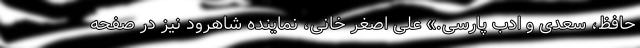
حافظ، سعدی و ادب پارسی.» علی اصغر خانی، نماینده شاهرود نیز در صفحه